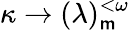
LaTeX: \kappa\rightarrow(\lambda)_{\mathsf{m}}^{<\omega}